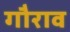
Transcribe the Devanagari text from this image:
गौराव